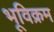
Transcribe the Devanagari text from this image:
भूविक्रम